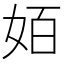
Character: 𰋿